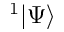
^ 1 | \Psi \rangle